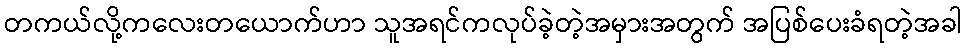
တကယ်လို့ကလေးတယောက်ဟာ သူအရင်ကလုပ်ခဲ့တဲ့အမှားအတွက် အပြစ်ပေးခံရတဲ့အခါ